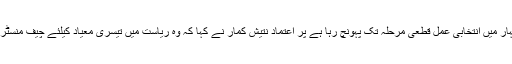
اب جبکہ بہار میں انتخابی عمل قطعی مرحلہ تک پہونچ رہا ہے پر اعتماد نتیش کمار نے کہا کہ وہ ریاست میں تیسری معیاد کیلئے چیف منسٹر بنیں گے ۔